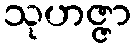
သုဟဇ္ဇာ